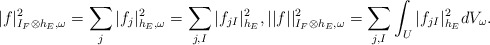
\begin{align*} |f|^2_{I_F\otimes h_E,\omega}=\sum_j|f_j|^2_{h_E,\omega}=\sum_{j,I}|f_{jI}|^2_{h_E}, ||f||^2_{I_F\otimes h_E,\omega} =\sum_{j,I}\int_U|f_{jI}|^2_{h_E}dV_\omega. \end{align*}